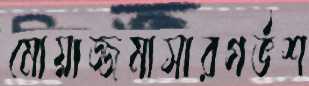
মোয়াজ্জমাসারগর্ভশ